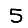
Digit: 5